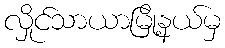
လှိုင်သာယာမြို့နယ်မှ